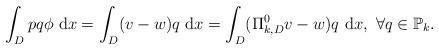
LaTeX: \begin{align*}\int_{D}pq\phi \ {\rm d}x= \int_{D}(v-w)q\ {\rm d}x= \int_{D}(\Pi_{k,D}^0v -w)q \ {\rm d}x,\ \forall q\in \mathbb{P}_{k}.\end{align*}